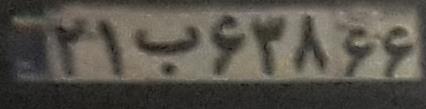
۲۱ب۶۳۸۶۶